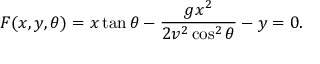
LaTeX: F ( x , y , \theta ) = x \tan \theta - { \frac { g x ^ { 2 } } { 2 v ^ { 2 } \cos ^ { 2 } \theta } } - y = 0 .